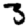
Digit: 3